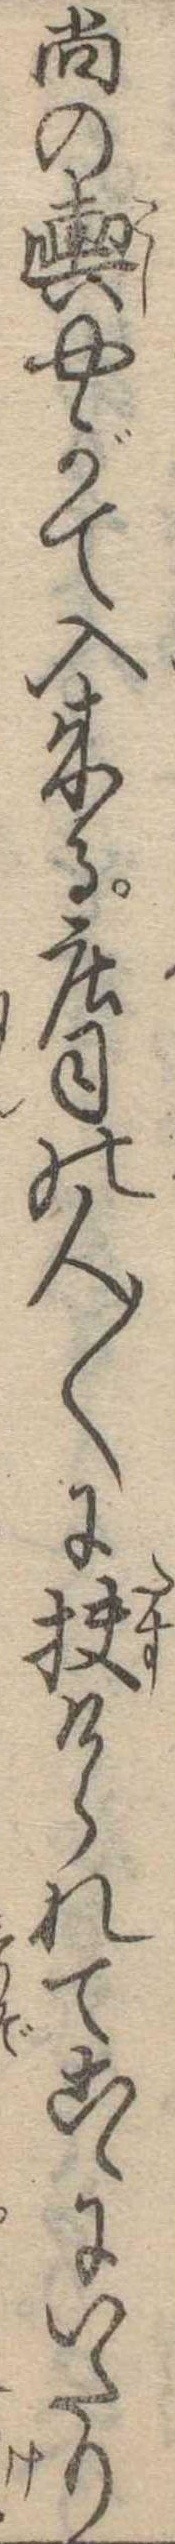
尚の輿やがて入来る荘司の人〱に扶けられてこゝにいたり